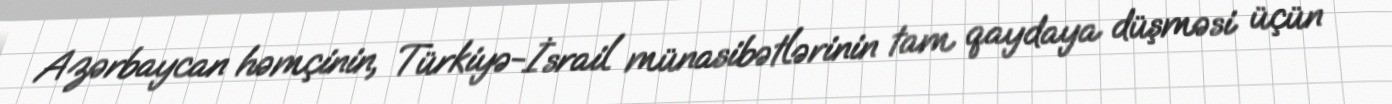
Azərbaycan həmçinin, Türkiyə-İsrail münasibətlərinin tam qaydaya düşməsi üçün